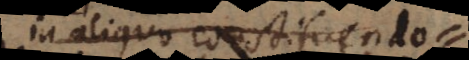
in aliquo constituend